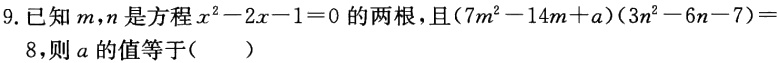
9. 已知\(m,n\)是方程\(x^{2}-2x - 1 = 0\)的两根，且\((7m^{2}-14m + a)(3n^{2}-6n - 7)=8\)，则\(a\)的值等于（  ）